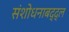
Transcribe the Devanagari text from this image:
संशोधनाबद्द्ल